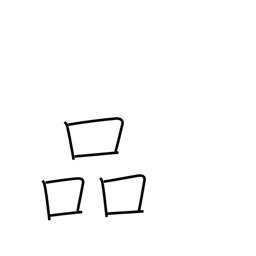
Meaning: refinement